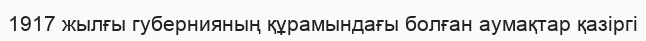
1917 жылғы губернияның құрамындағы болған аумақтар қазіргі